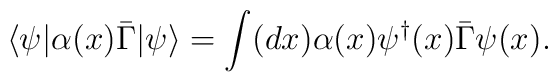
\langle \psi|\alpha(x)\bar{\Gamma}|\psi \rangle=\int (dx) \alpha(x)\psi^{\dagger}(x)\bar{\Gamma}\psi(x).